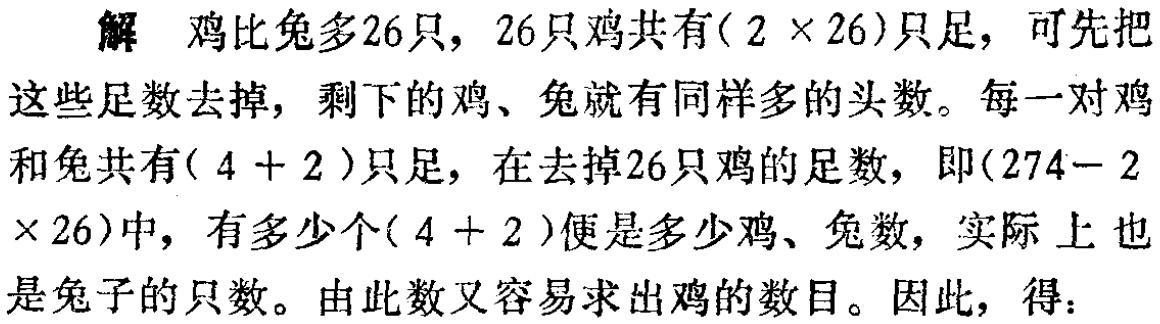
解 鸡比兔多26只，26只鸡共有\((2\times 26)\)只足，可先把这些足数去掉，剩下的鸡、兔就有同样多的头数。每一对鸡和兔共有\((4 + 2)\)只足，在去掉26只鸡的足数，即\((274 - 2\times 26)\)中，有多少个\((4 + 2)\)便是多少鸡、兔数，实际上也是兔子的只数。由此数又容易求出鸡的数目。因此，得：